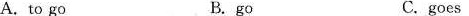
A. to go B. go C. goes